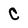
Character: C